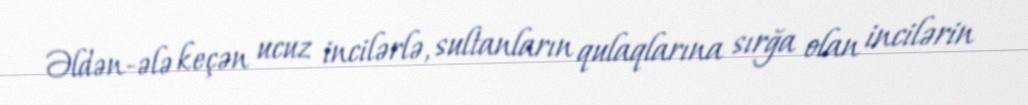
Əldən-ələ keçən ucuz incilərlə, sultanların qulaqlarına sırğa olan incilərin